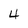
Character: 4